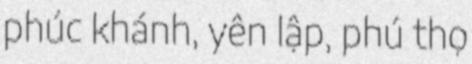
phúc khánh, yên lập, phú thọ